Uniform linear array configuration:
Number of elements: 48
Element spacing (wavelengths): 0.25
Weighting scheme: cosine
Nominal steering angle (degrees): -30
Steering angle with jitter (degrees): -29.138
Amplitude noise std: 0.05
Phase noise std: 0.05

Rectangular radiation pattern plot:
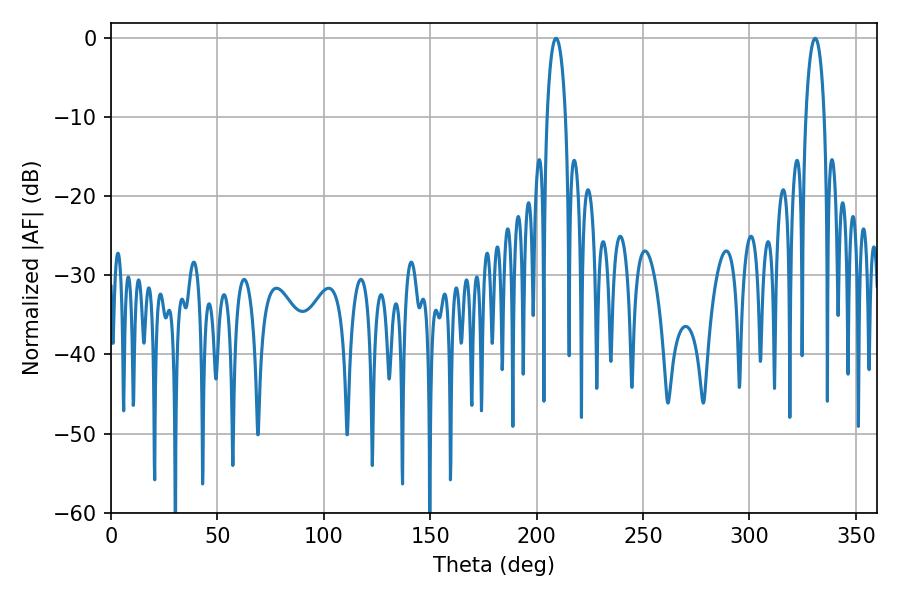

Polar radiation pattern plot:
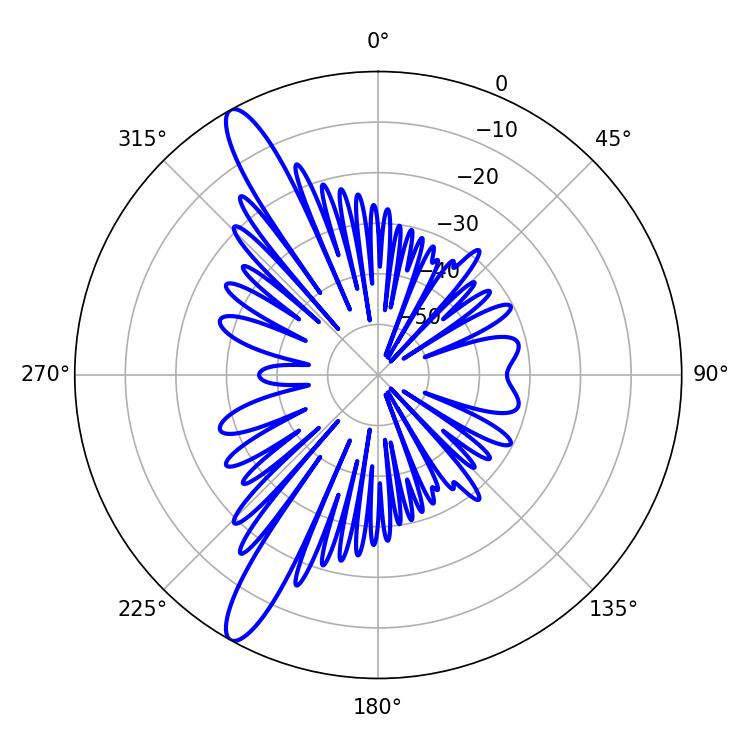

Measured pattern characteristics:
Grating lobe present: FALSE
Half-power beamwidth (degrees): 5.04
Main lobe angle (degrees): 330.84